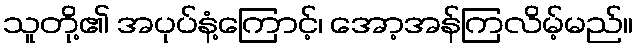
သူတို့၏ အပုပ်နံ့ကြောင့်၊ အော့အန်ကြလိမ့်မည်။